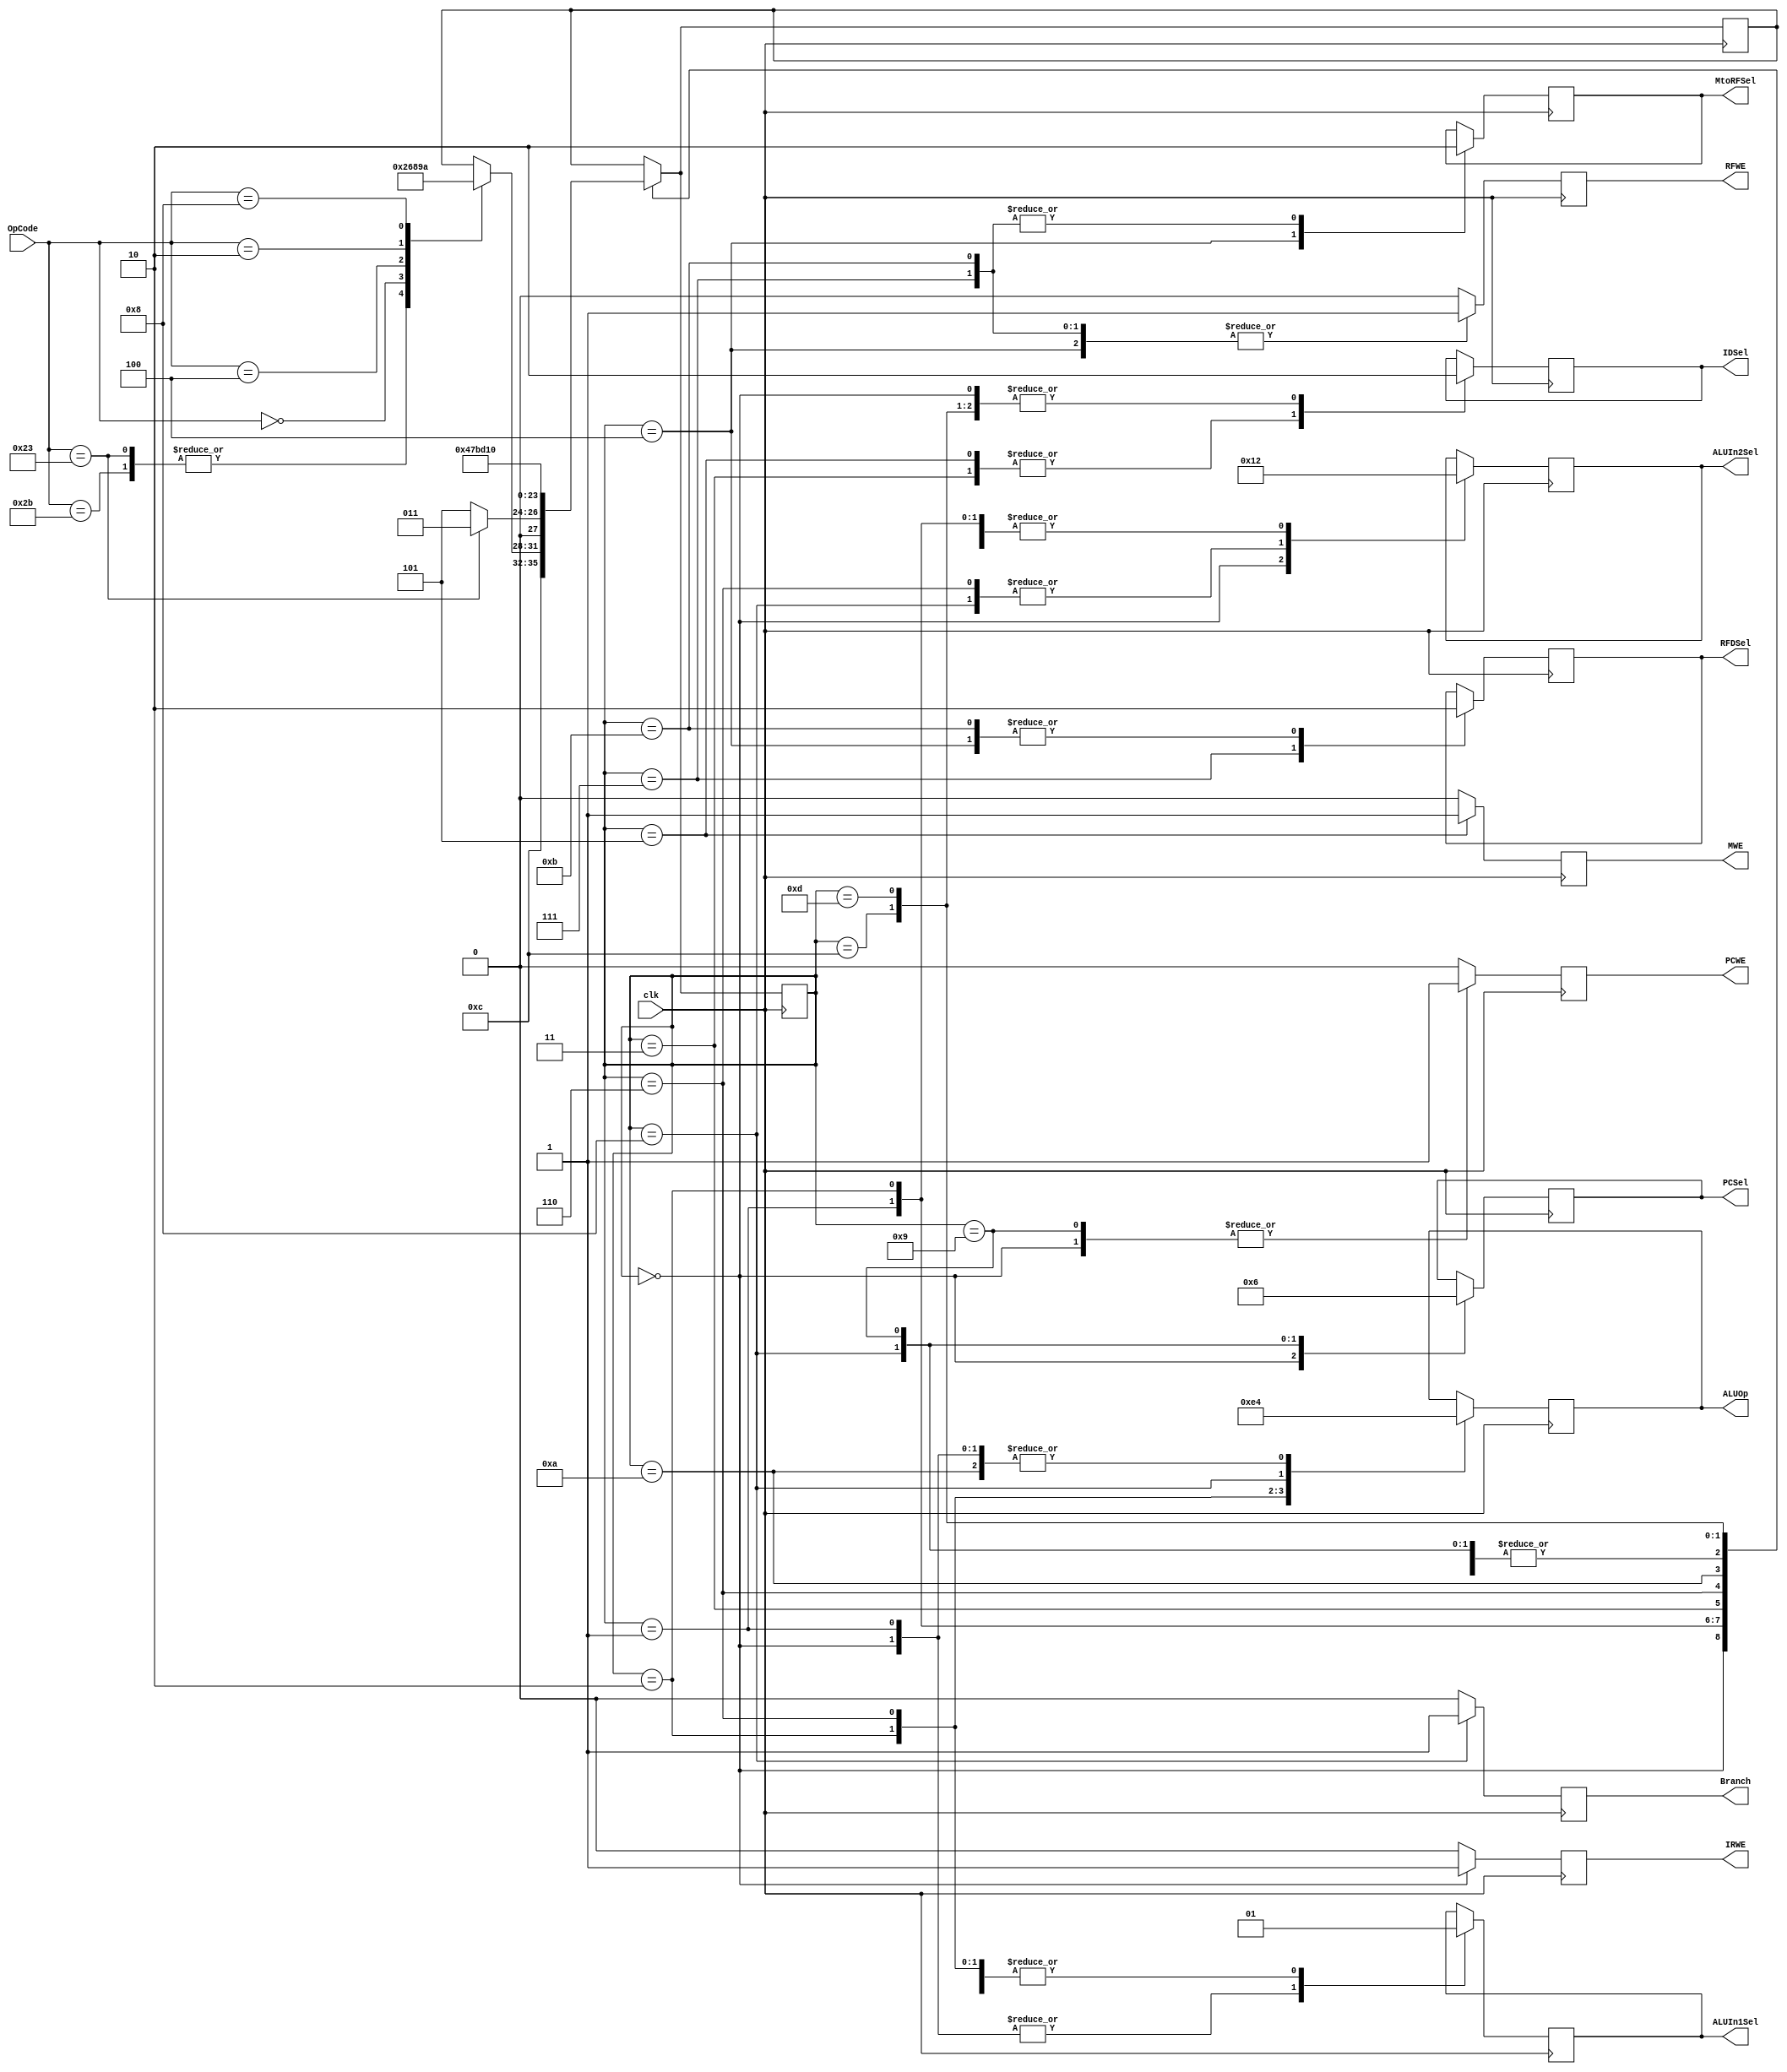
`timescale 1ns / 1ps
//////////////////////////////////////////////////////////////////////////////////
// Company: 
// Engineer: 
// 
// Design Name: 
// Module Name: MC
// Project Name: 
// Target Devices: 
// Tool Versions: 
// Description: 
// 
// Dependencies: 
// 
// Revision:
// Revision 0.01 - File Created
// Additional Comments:
// 
//////////////////////////////////////////////////////////////////////////////////


module MC(  clk, OpCode, 
            MtoRFSel, RFDSel, IDSel, PCSel, ALUIn2Sel, ALUIn1Sel, ALUOp,
            IRWE, MWE, PCWE, Branch, RFWE);
    
    parameter   Op_Width = 6;
    
    input       clk;
    input       [Op_Width-1:0] OpCode;
    
    output reg  MtoRFSel, RFDSel, IDSel, ALUIn1Sel;
    output reg  [1:0]ALUIn2Sel, PCSel, ALUOp;
    output reg  IRWE, MWE, PCWE, Branch, RFWE;
    
    reg         [3:0]State, NState;
    
    initial begin
        State = 0;
        IDSel = 0;
    end
    always@(posedge clk) begin
        IRWE = 0; MWE = 0; PCWE = 0; Branch = 0; RFWE = 0;
        case(State)   
            4'b0000 : begin
                          IDSel = 0; ALUIn1Sel = 0; ALUIn2Sel = 1; ALUOp = 0; PCSel = 0; 
                          PCWE = 1; IRWE = 1;
                          NState = 12;
                      end
            4'b0001 : begin
                          ALUIn1Sel = 0; ALUIn2Sel = 2; ALUOp = 0;
                          PCWE = 0;
                          case(OpCode)
                            6'b100011 : NState = 2;
                            6'b101011 : NState = 2;
                            6'b000000 : NState = 6;
                            6'b000100 : NState = 8;
                            6'b000010 : NState = 9;
                            6'b001000 : NState = 10;
                          endcase
                      end
            4'b0010 : begin
                          ALUIn1Sel = 1; ALUIn2Sel = 2; ALUOp = 3;
                          if(OpCode == 35) NState = 3;
                          else NState = 5;
                      end
            4'b0011 : begin
                          IDSel = 1;
                          NState = 4;
                          NState = 4;
                      end
            4'b0100 : begin
                          RFDSel = 0; MtoRFSel = 1;
                          RFWE = 1;
                          NState = 13;
                      end
            4'b0101 : begin
                          IDSel = 1;
                          MWE = 1;
                          NState = 13;
                      end
            4'b0110 : begin
                          ALUIn1Sel = 1; ALUIn2Sel = 0; ALUOp = 2;
                          NState = 7;
                      end
            4'b0111 : begin
                          RFDSel = 1; MtoRFSel = 0;
                          RFWE = 1;
                          NState = 13;
                      end
            4'b1000 : begin
                          ALUIn1Sel = 1; ALUIn2Sel = 0; ALUOp = 1; PCSel = 1;
                          Branch = 1;
                          NState = 13;
                      end
            4'b1001 : begin
                          PCSel = 2;
                          PCWE = 1;
                          NState = 13;
                      end
            4'b1010 : begin
                          ALUIn1Sel = 1; ALUIn2Sel = 2; ALUOp = 0;
                          NState = 11;
                      end
            4'b1011 : begin
                          RFDSel = 0; MtoRFSel = 0;
                          RFWE = 1;
                          NState = 13;
                      end
            4'b1100 : begin
                          IDSel = 0;
                          NState = 1;
                      end
            4'b1101 : begin
                          IDSel = 0;
                          NState = 0;
                      end
        endcase
        State = NState;
    end
endmodule